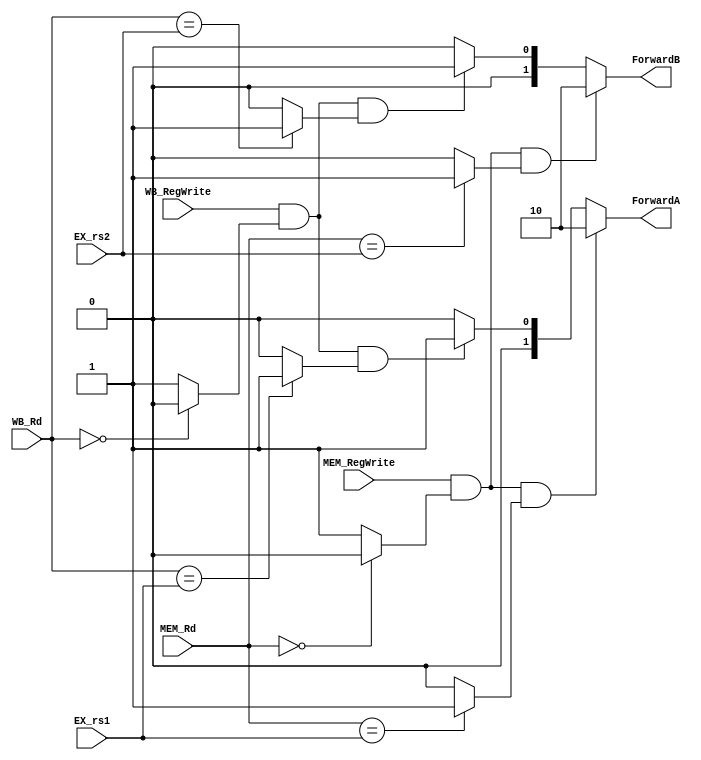
module Forwarding_Control 
(
    MEM_Rd, WB_Rd, EX_rs1, EX_rs2, WB_RegWrite, MEM_RegWrite, ForwardA, ForwardB
);
	input [4:0] MEM_Rd, WB_Rd, EX_rs1, EX_rs2;
	input MEM_RegWrite, WB_RegWrite;
	output [1:0] ForwardA, ForwardB;
	reg [1:0] ForwardA, ForwardB;
	
	wire equal_MEM_rs1,equal_MEM_rs2,equal_WB_rs1,equal_WB_rs2;
	wire nonzero_MEM_rd,nonzero_WB_rd;
	assign nonzero_MEM_rd=(MEM_Rd==0)?0:1;
	assign nonzero_WB_rd=(WB_Rd==0)?0:1;
	assign equal_MEM_rs1=(MEM_Rd==EX_rs1)?1:0;
	assign equal_MEM_rs2=(MEM_Rd==EX_rs2)?1:0;
	assign equal_WB_rs1=(WB_Rd==EX_rs1)?1:0;
	assign equal_WB_rs2=(WB_Rd==EX_rs2)?1:0;
	

	always@ (MEM_RegWrite or WB_RegWrite or nonzero_MEM_rd or nonzero_WB_rd or equal_MEM_rs1
	or equal_MEM_rs2 or equal_WB_rs1 or equal_WB_rs2 )
	begin
		if(MEM_RegWrite & nonzero_MEM_rd & equal_MEM_rs1)
			ForwardA<=2'b10;
		else if (WB_RegWrite & nonzero_WB_rd & equal_WB_rs1)
			ForwardA<=2'b01;
		else 
			ForwardA<=2'b00;
			
		if(MEM_RegWrite & nonzero_MEM_rd & equal_MEM_rs2)
			ForwardB<=2'b10;
		else if (WB_RegWrite & nonzero_WB_rd & equal_WB_rs2)
			ForwardB<=2'b01;
		else 
			ForwardB<=2'b00;
		
	end
endmodule